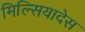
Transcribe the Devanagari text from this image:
मिल्सियादेस